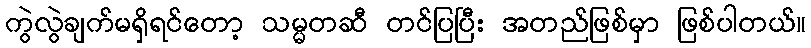
ကွဲလွဲချက်မရှိရင်တော့ သမ္မတဆီ တင်ပြပြီး အတည်ဖြစ်မှာ ဖြစ်ပါတယ်။